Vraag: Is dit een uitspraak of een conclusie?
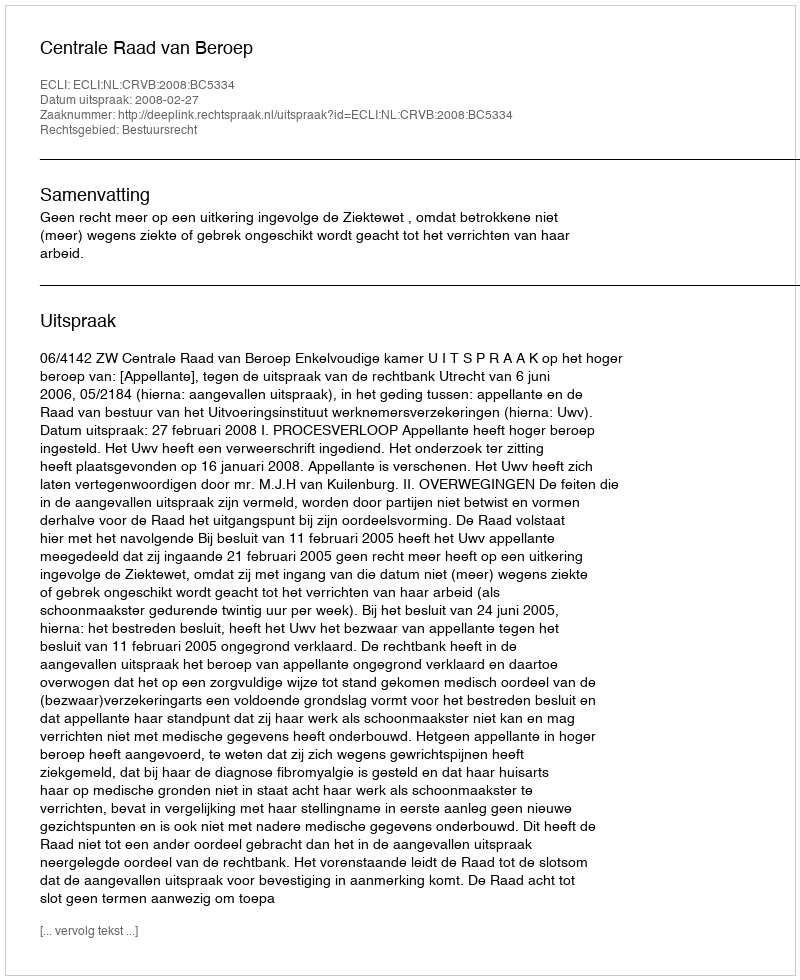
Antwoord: Uitspraak